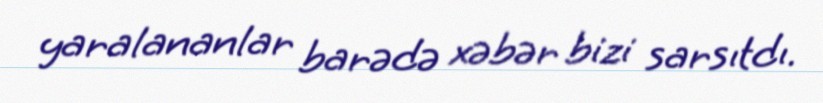
yaralananlar barədə xəbər bizi sarsıtdı.